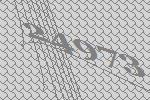
24973